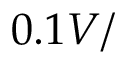
0 . 1 V /